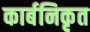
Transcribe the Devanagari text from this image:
कार्बनिकृत